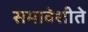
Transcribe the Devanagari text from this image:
समावेशीते